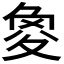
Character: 𡕫